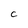
Character: C